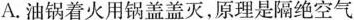
A.油锅着火用锅盖盖灭，原理是隔绝空气